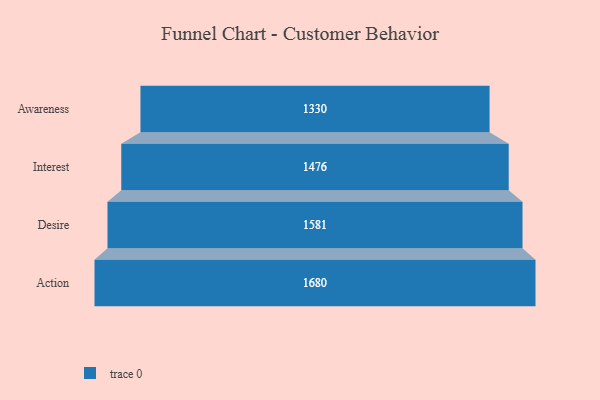
{"axis": {"x": "Stage", "y": "Value"}, "legend": [""], "data": [{"x": "Awareness", "y": 1330.0, "type": ""}, {"x": "Interest", "y": 1476.0, "type": ""}, {"x": "Desire", "y": 1581.0, "type": ""}, {"x": "Action", "y": 1680.0, "type": ""}]}